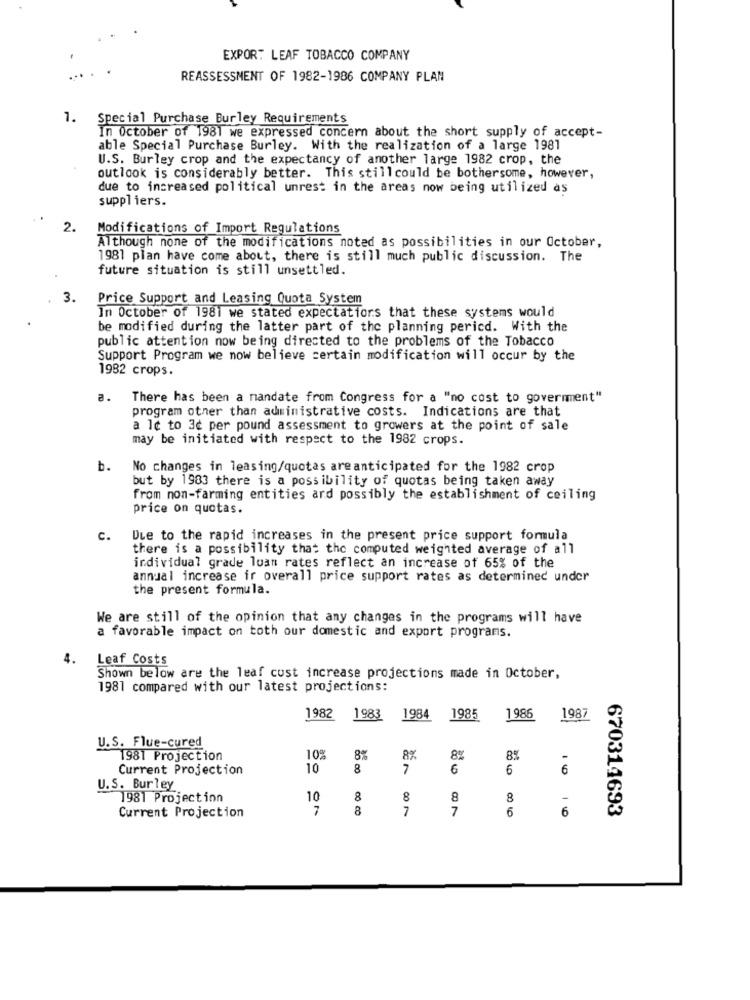
EXPOR: LEAF TOBACCO COMPANY
REASSESSMENT OF 1982-1986 COMPANY PLAN
1.
Special Purchase Burley Requirements
In October of 1981 we expressed concern about the short supply of accept-
able Special Purchase Burley. With the realization of a large 1981
U.S. Burley crop and the expectancy of another large 1982 crop, the
outlook is considerably better. This stillcould be bothersome, however,
due to increased political unrest in the areas now being utilized as
suppliers.
2.
Modifications of Import Regulations
Although none of the modifications noted as possibilities in our October,
1981 plan have come about, there is still much public discussion. The
future situation is still unsettled.
3.
Price Support and Leasing Quota System
In October of 1981 we stated expectations that these systems would
be modified during the latter part of the planning pericd. With the
public attention now being directed to the problems of the Tobacco
Support Program we now believe certain modification will occur by the
1982 crops.
a.
There has been a mandate from Congress for a "no cost to goverment"
program other than administrative costs. Indications are that
a Ic to 3c per pound assessment to growers at the point of sale
may be initiated with respect to the 1982 crops.
b.
No changes in leasing/quotas are anticipated for the 1982 crop
but by 1983 there is a possibility of quotas being taken away
from non-farming entities ard possibly the establishment of ceiling
price on quotas.
C.
Due to the rapid increases in the present price support formula
there is a possibility that the computed weighted average of all
individual grade loan rates reflect an increase of 65% of the
annual increase ir overall price support rates as determined under
the present formula.
We are still of the opinion that any changes in the programs will have
a favorable impact on toth our domestic and export programs.
4.
Leaf Costs
Shown below are the leaf cust increase projections made in October,
1981 compared with our latest projections:
1982
1983
1984
1985
1986
1987
U.S. Flue-cured
1981 Projection
10%
8%
8%
8%
-
Current Projection
10
8
7
6
6
6
U.S. Burley
1981 Projection
10
8
8
8
8
7
8
7
7
6
670314693
Current Projection
10